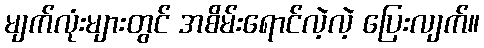
မျက်လုံးများတွင် အစိမ်းရောင်လဲ့လဲ့ ပြေးလျက်။